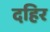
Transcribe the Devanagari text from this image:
दहिर